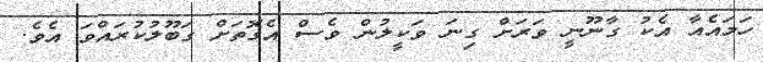
ހަމައެއާ އެކު ގާނޫނީ ވަރަށް ގިނަ ވަކީލުން ވެސް އެގޮތަށް ގަބޫލުކުރައްވަ އެވެ.